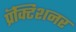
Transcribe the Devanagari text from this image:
प्रॅक्टिशनर